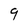
Character: 9